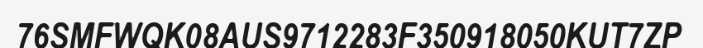
76SMFWQK08AUS9712283F350918050KUT7ZP